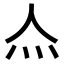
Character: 𤆋